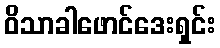
ဝိသာခါဖောင်ဒေးရှင်း